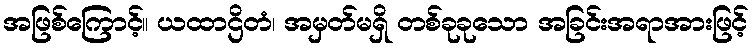
အဖြစ်ကြောင့်။ ယထာဌိတံ၊ အမှတ်မရှိ တစ်ခုခုသော အခြင်းအရာအားဖြင့်